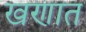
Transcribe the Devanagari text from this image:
खणात